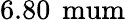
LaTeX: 6.80\, \mathrm{\ mum}